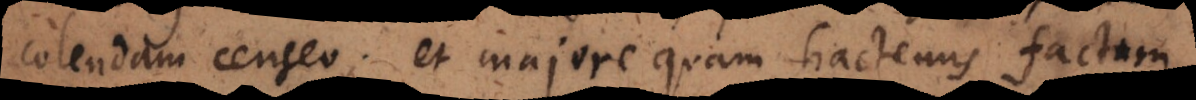
colendam censeo, et majore quam hactenus factum